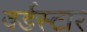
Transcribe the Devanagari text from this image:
वर्डस्‍टार